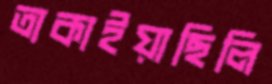
তাকাইয়াছিলি